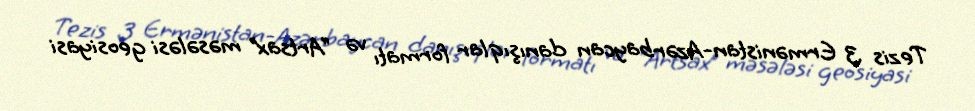
Tezis 3 Ermənistan-Azərbaycan danışıqlar formatı və “Artsax” məsələsi geosiyasi